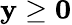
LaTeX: \mathbf{y}\geq\mathbf{0}